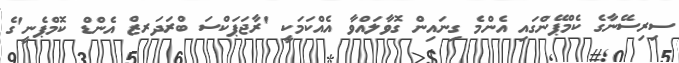
ސިރިސޭނާގެ ކެމްޕޭންގައި އެންމެ ގިނައިން ގޮވާލައްވާ އެއްކަމަކީ 'ރާޖަޕަކްސަ ބްރަދަރޒް އެންޑް ކޮމްޕެނީ'ގެ